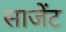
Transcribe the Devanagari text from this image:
साजेंट